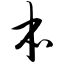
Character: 本